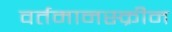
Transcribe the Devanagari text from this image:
वर्तमानस्क्रीन